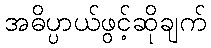
အဓိပ္ပာယ်ဖွင့်ဆိုချက်